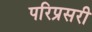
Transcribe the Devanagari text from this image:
परिप्रसरी